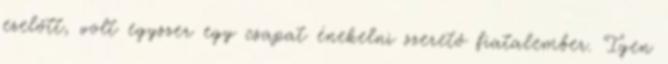
ezelőtt, volt egyszer egy csapat énekelni szerető fiatalember. Igen